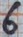
Text: 6